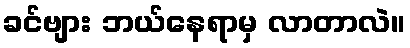
ခင်ဗျား ဘယ်နေရာမှ လာတာလဲ။